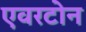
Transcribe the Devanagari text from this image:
एवरटोन